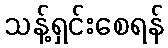
သန့်ရှင်းစေရန်